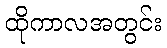
ထိုကာလအတွင်း